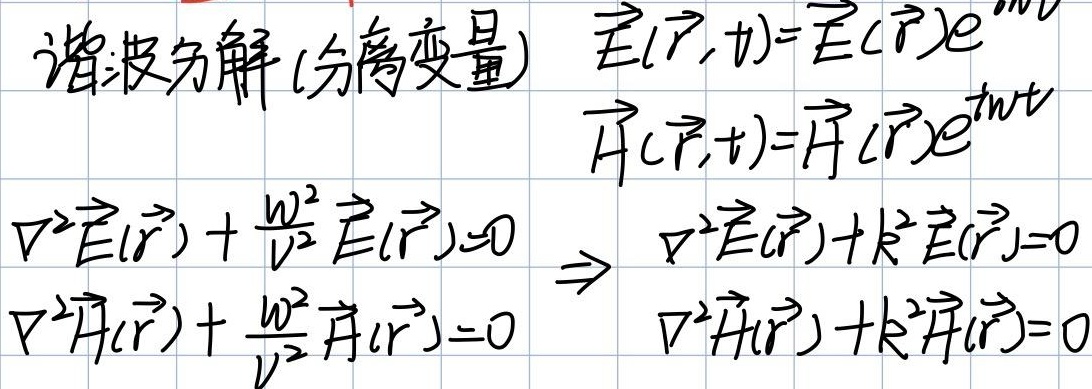
谐波分解 (分离变量)
\[
\begin{align*}
\vec{E}(\vec{r},t)&=\vec{E}(\vec{r})e^{i\omega t}\\
\vec{H}(\vec{r},t)&=\vec{H}(\vec{r})e^{i\omega t}\\
\nabla^{2}\vec{E}(\vec{r})+\frac{\omega^{2}}{v^{2}}\vec{E}(\vec{r})&=0 &\Rightarrow &\nabla^{2}\vec{E}(\vec{r})+k^{2}\vec{E}(\vec{r})&=0\\
\nabla^{2}\vec{H}(\vec{r})+\frac{\omega^{2}}{v^{2}}\vec{H}(\vec{r})&=0 &&\nabla^{2}\vec{H}(\vec{r})+k^{2}\vec{H}(\vec{r})&=0
\end{align*}
\]